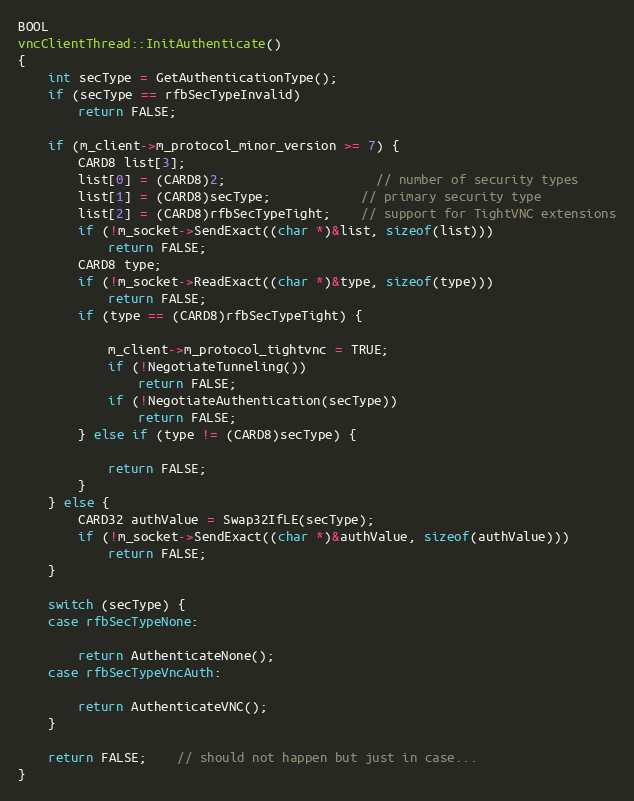
Language: C++
BOOL
vncClientThread::InitAuthenticate()
{
	int secType = GetAuthenticationType();
	if (secType == rfbSecTypeInvalid)
		return FALSE;

	if (m_client->m_protocol_minor_version >= 7) {
		CARD8 list[3];
		list[0] = (CARD8)2;					// number of security types
		list[1] = (CARD8)secType;			// primary security type
		list[2] = (CARD8)rfbSecTypeTight;	// support for TightVNC extensions
		if (!m_socket->SendExact((char *)&list, sizeof(list)))
			return FALSE;
		CARD8 type;
		if (!m_socket->ReadExact((char *)&type, sizeof(type)))
			return FALSE;
		if (type == (CARD8)rfbSecTypeTight) {

			m_client->m_protocol_tightvnc = TRUE;
			if (!NegotiateTunneling())
				return FALSE;
			if (!NegotiateAuthentication(secType))
				return FALSE;
		} else if (type != (CARD8)secType) {

			return FALSE;
		}
	} else {
		CARD32 authValue = Swap32IfLE(secType);
		if (!m_socket->SendExact((char *)&authValue, sizeof(authValue)))
			return FALSE;
	}

	switch (secType) {
	case rfbSecTypeNone:

		return AuthenticateNone();
	case rfbSecTypeVncAuth:

		return AuthenticateVNC();
	}

	return FALSE;	// should not happen but just in case...
}